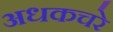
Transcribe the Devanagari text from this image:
अधकचरे